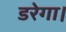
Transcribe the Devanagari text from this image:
डरेगा।